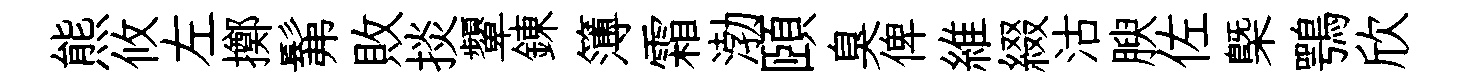
熊攸左擲髴敗掞顰錬簿霜渤頤臭俾維綴沽腴佐槩鶚欣